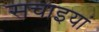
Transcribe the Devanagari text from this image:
सचाइयां